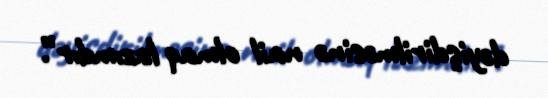
dəyişdirilməsinə nail olmaq lazımdır”.